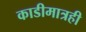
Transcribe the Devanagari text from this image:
काडीमात्रही